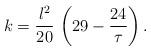
LaTeX: \begin{align*}k={l^2 \over 20} \, \left(29 - {24 \over \tau}\right).\end{align*}